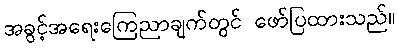
အခွင့်အရေးကြေညာချက်တွင် ဖော်ပြထားသည်။